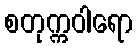
စတုက္ကဝါရော